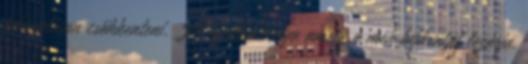
fokozatosan csökkenteni. A nyálkahártya amely a méh bejáratát lezárja,